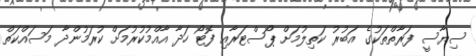
ސިޔާސީ ފަރާތްތަކުގެ އަބުރު ކަތިލުމަށް ޕޯސްޓަރާއި ފޮޓޯ ހަދާ އާއްމުކުރުމަށް ކުރަމުންދާ މަސައްކަތް